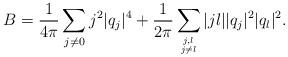
LaTeX: \begin{align*}B=\frac{1}{4\pi}\sum_{j\neq 0}j^2|q_j|^4+\frac{1}{2\pi}\sum_{j,l\atop{j\neq l}}|jl||q_j|^2|q_l|^2.\end{align*}